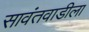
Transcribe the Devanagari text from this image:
सावंतवाडीला